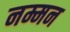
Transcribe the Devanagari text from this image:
नम्मन